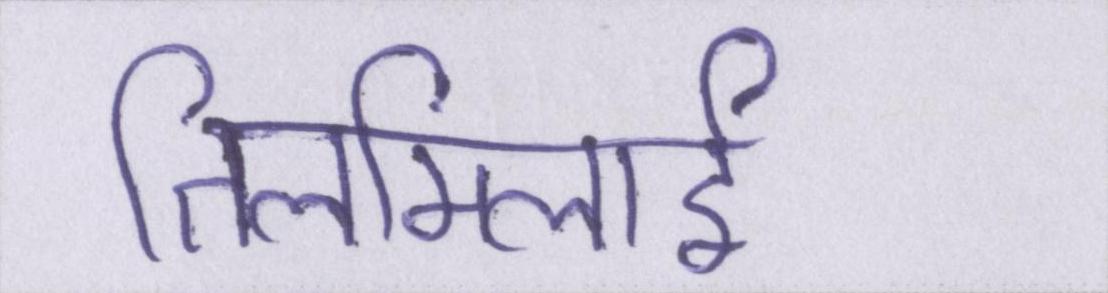
तिलमिलाई